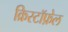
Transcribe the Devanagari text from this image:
क्रिस्टॉफ़ेल